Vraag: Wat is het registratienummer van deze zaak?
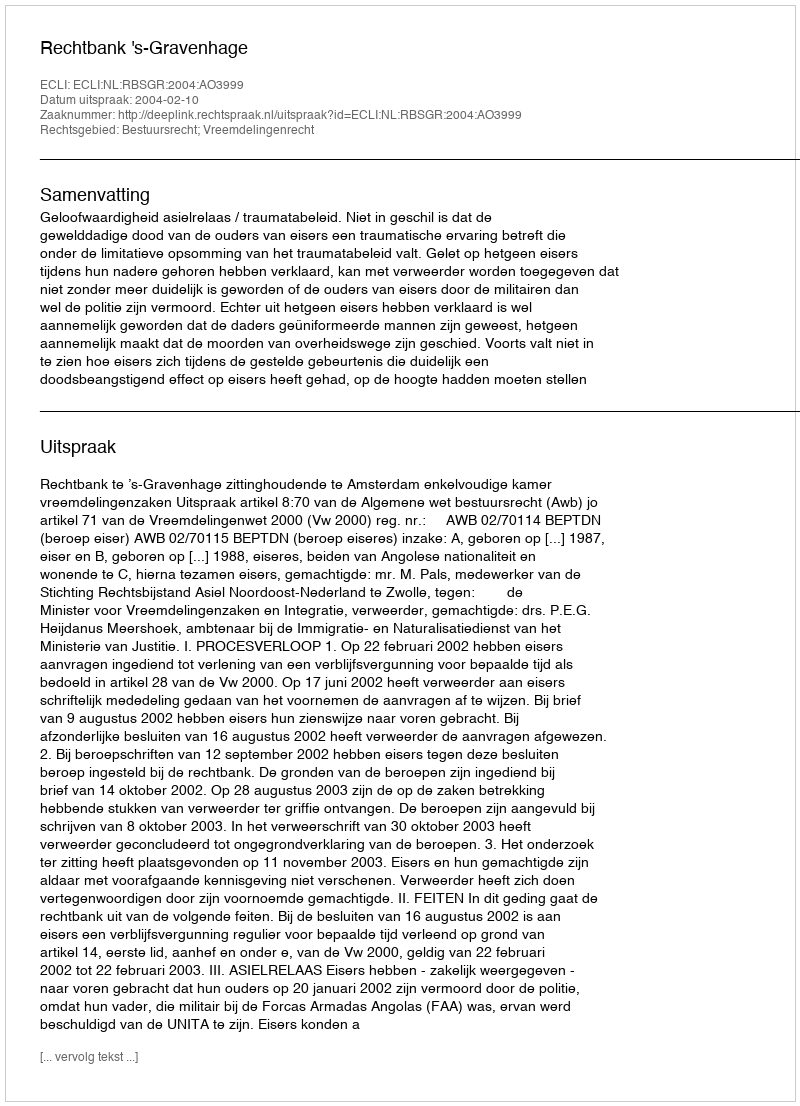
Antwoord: http://deeplink.rechtspraak.nl/uitspraak?id=ECLI:NL:RBSGR:2004:AO3999